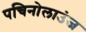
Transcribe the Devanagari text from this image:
पचिनोलाउंज